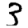
Digit: 3